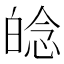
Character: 𤽿